Scottish Leaving Certificate Examination, 1952
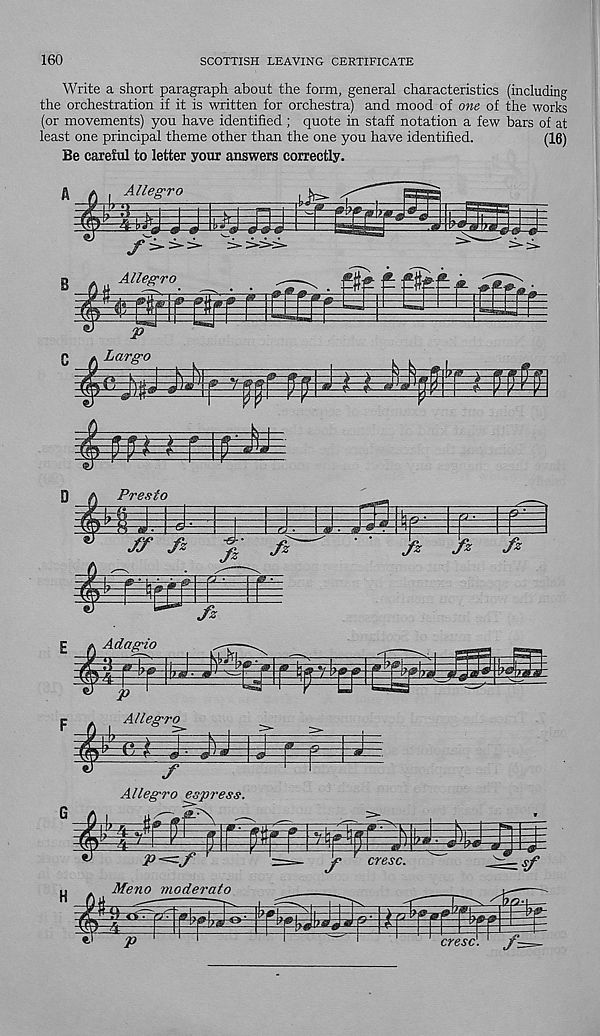
160
SCOTTISH LEAVING CERTIFICATE
Write a short paragraph about the form, general characteristics (including
the orchestration if it is written for orchestra) and mood of one of the works
(or movements) you have identified ; quote in staff notation a few bars of at
least one principal theme other than the one you have identified.
(16)
Be careful to letter your answers correctly.
Allegro
J jlj
kfcgWjS
s
Allegro
^
p
q » Largo
imrmiriW
Presto
m
ff fz
fz
fz
fz
fz
fz
m fz
£ a Adagio
P
Allegro
^ #
f
Allegro espress.
p=f
Meno moderato
f
cresc.
s f
$
'
*
rrppr 1 1
cl
p
cresc. j—